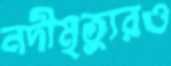
নদীমৃত্যুরও